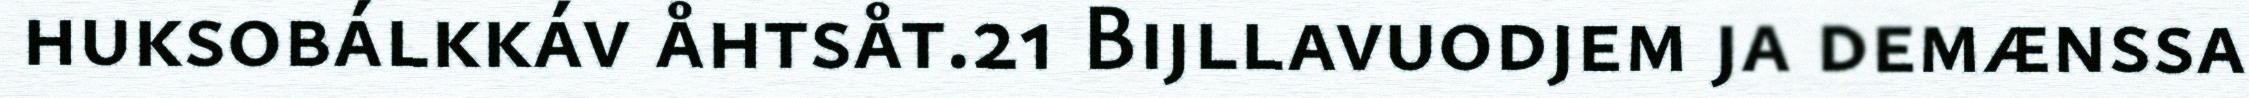
huksobálkkáv åhtsåt.21 Bijllavuodjem ja demænssa